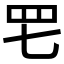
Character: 𦉱